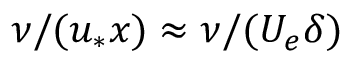
\nu / ( u _ { * } x ) \approx \nu / ( U _ { e } \delta )